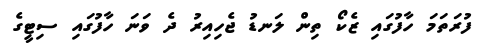
ފުރަތަމަ ހާފުގައި ޒެކޯ ތިން ލަނޑު ޖެހިއިރު ދެ ވަނަ ހާފުގައި ސިޓީގެ